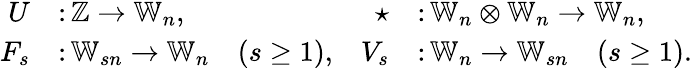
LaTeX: \begin{array}{rlrl}{U}&{\colon\mathbb{Z}\to\mathbb{W}_{n},}&{\star}&{\colon\mathbb{W}_{n}\otimes\mathbb{W}_{n}\to\mathbb{W}_{n},}\\ {F_{s}}&{\colon\mathbb{W}_{sn}\to\mathbb{W}_{n}\quad(s\geq 1),}&{V_{s}}&{\colon\mathbb{W}_{n}\to\mathbb{W}_{sn}\quad(s\geq 1).}\end{array}